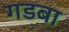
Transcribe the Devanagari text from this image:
गडबा